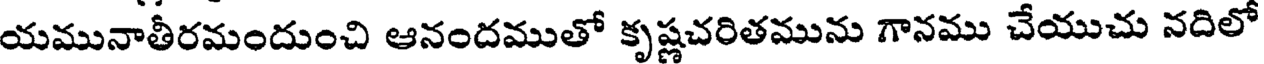
యమునాతీరమందుంచి ఆనందముతో కృష్ణచరితమును గానము చేయుచు నదిలో